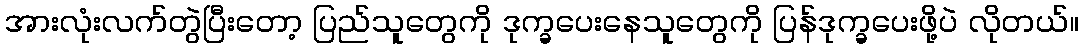
အားလုံးလက်တွဲပြီးတော့ ပြည်သူတွေကို ဒုက္ခပေးနေသူတွေကို ပြန်ဒုက္ခပေးဖို့ပဲ လိုတယ်။